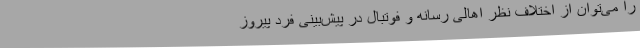
را می‌توان از اختلاف نظر اهالی رسانه و فوتبال در پیش‌بینی فرد پیروز